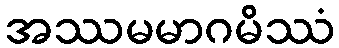
အဿမမာဂမိဿံ